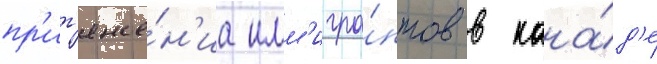
пр'ит'яже́н'иа имм'игра́нтов в кана́д'е